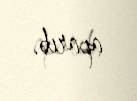
aparıb.